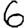
Digit: 6